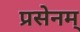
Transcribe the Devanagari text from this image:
प्रसेनम्‌